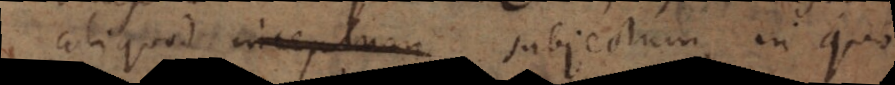
aliquod inceptum subjectum, in quo